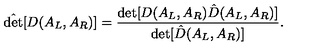
\hat { \det } [ D ( A _ { L } , A _ { R } ) ] = { \frac { \det [ D ( A _ { L } , A _ { R } ) \hat { D } ( A _ { L } , A _ { R } ) ] } { \det [ \hat { D } ( A _ { L } , A _ { R } ) ] } } .